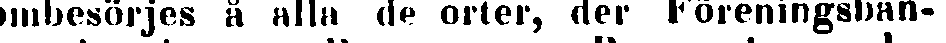
ombesörjes å alla de orter, der Föreningsban-